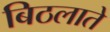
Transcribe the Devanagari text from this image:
बिठलाते